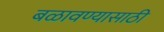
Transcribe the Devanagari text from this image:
बळावण्यासाठी